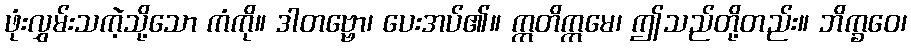
ဖုံးလွှမ်းသကဲ့သို့သော ကံကို။ ဒါတဗ္ဗော၊ ပေးအပ်၏။ ဣတိဣမေ၊ ဤသည်တို့တည်း။ ဘိက္ခဝေ၊